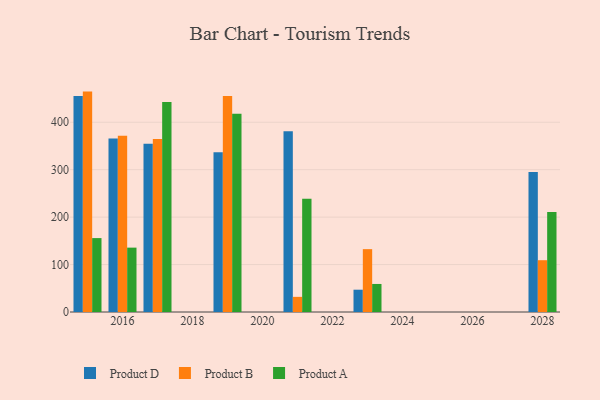
{"axis": {"x": "Year", "y": "Page Views"}, "legend": ["Product A", "Product B", "Product D"], "data": [{"x": "2015", "y": 455.4, "type": "Product D"}, {"x": "2015", "y": 464.6, "type": "Product B"}, {"x": "2015", "y": 155.8, "type": "Product A"}, {"x": "2021", "y": 380.9, "type": "Product D"}, {"x": "2021", "y": 31.9, "type": "Product B"}, {"x": "2021", "y": 238.7, "type": "Product A"}, {"x": "2028", "y": 294.9, "type": "Product D"}, {"x": "2028", "y": 109.2, "type": "Product B"}, {"x": "2028", "y": 211.0, "type": "Product A"}, {"x": "2019", "y": 337.0, "type": "Product D"}, {"x": "2019", "y": 455.5, "type": "Product B"}, {"x": "2019", "y": 417.7, "type": "Product A"}, {"x": "2017", "y": 354.5, "type": "Product D"}, {"x": "2017", "y": 364.9, "type": "Product B"}, {"x": "2017", "y": 442.5, "type": "Product A"}, {"x": "2023", "y": 47.0, "type": "Product D"}, {"x": "2023", "y": 132.5, "type": "Product B"}, {"x": "2023", "y": 59.1, "type": "Product A"}, {"x": "2016", "y": 365.7, "type": "Product D"}, {"x": "2016", "y": 371.7, "type": "Product B"}, {"x": "2016", "y": 135.7, "type": "Product A"}]}